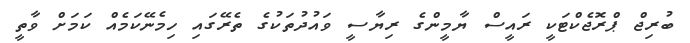
ބުރިޖް ޕްރޮޖެކްޓަކީ ރައީސް ޔާމީންގެ ރިޔާސީ ވައުދުތަކުގެ ތެރޭގައި ހިމެނޭކަމެއް ކަމަށް ވާތީ